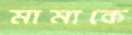
মামাকে